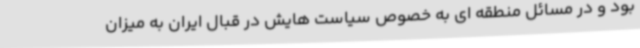
بود و در مسائل منطقه ای به خصوص سیاست هایش در قبال ایران به میزان